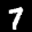
Label: 7